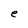
Character: e